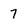
Character: 7